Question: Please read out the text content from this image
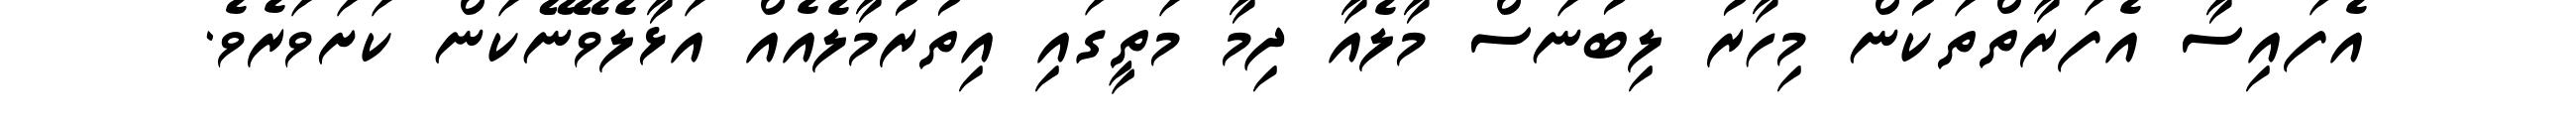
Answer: އެފައިސާ އެފަރާތްތަކުން މިހާރު ލިބުނަސް މާލެއާ ދިމާ މަތީގައި އިތުރުމާލެއެއް އަޅާލެވޭނޭކަން ކަށަވަރެވެ.